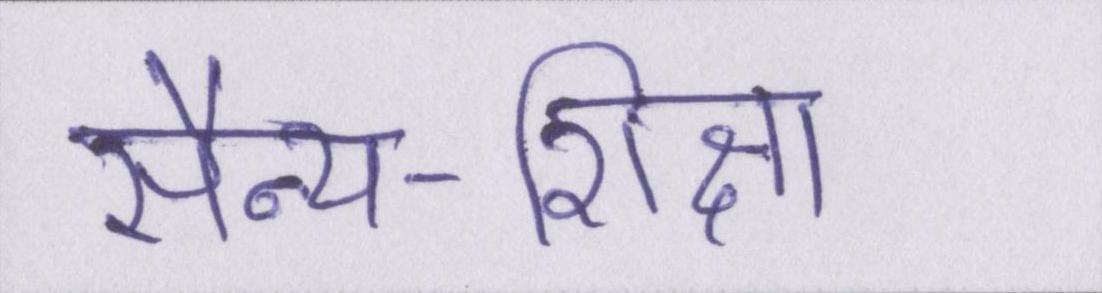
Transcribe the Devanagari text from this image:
सैन्य-शिक्षा